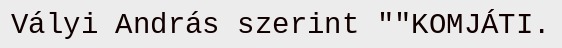
Vályi András szerint ""KOMJÁTI.